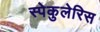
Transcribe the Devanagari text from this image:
स्पेकुलेरिस